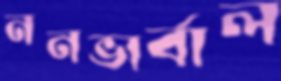
ননভার্বাল